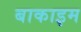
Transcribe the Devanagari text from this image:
बाकाइम